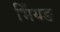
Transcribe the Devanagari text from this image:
भिँयङ